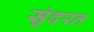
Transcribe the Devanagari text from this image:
सुंदरत